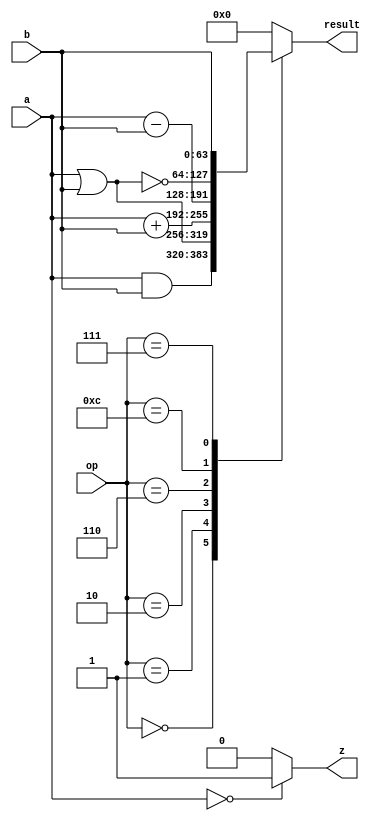
module alu(a,b,op,z,result);

///input
input [63:0] a;
input [63:0] b;
input [3:0] op;

output reg [63:0]result;
output reg z;

always @(a,b,op)
  begin
		
    if ( a==0 ) 
      begin z=1;
      end
    else z=0;

      case (op)
	4'b0000:  result = a & b;				
	4'b0001:  result = a | b;				
	4'b0010:  result = a + b;				
	4'b0110:  result= a - b;				
        4'b1100:  result = ~(a | b);
	4'b0111:  result=b;
	default:  result = 0;
      endcase
  end
	
endmodule